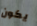
يكون